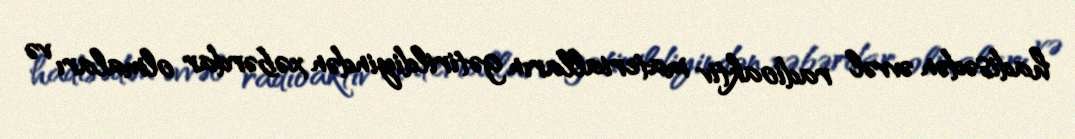
hadisədən əvvəl radioaktiv materialların gətirildiyindən xəbərdar olmaları və